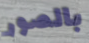
بالصور